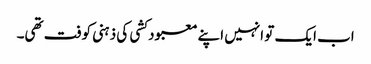
اب ایک تو انہیں اپنے معبود کشی کی ذہنی کوفت تھی۔